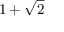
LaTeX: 1 + { \sqrt { 2 } }